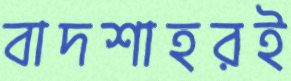
বাদশাহরই